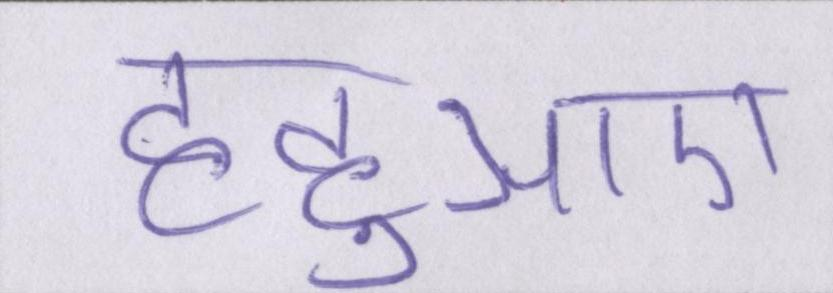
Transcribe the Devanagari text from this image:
हहुआए